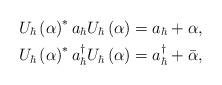
LaTeX: \begin{align*}U_{\hbar}\left( \alpha\right) ^{\ast}a_{\hbar}U_{\hbar}\left(\alpha\right) & =a_{\hbar}+\alpha,\\U_{\hbar}\left( \alpha\right) ^{\ast}a_{\hbar}^{\dag}U_{\hbar}\left(\alpha\right) & =a_{\hbar}^{\dag}+\bar{\alpha}, \end{align*}